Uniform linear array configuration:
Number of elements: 4
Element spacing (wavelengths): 0.25
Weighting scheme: binomial
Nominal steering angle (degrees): -30
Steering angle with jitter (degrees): -31.361
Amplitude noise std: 0.05
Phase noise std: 0.05

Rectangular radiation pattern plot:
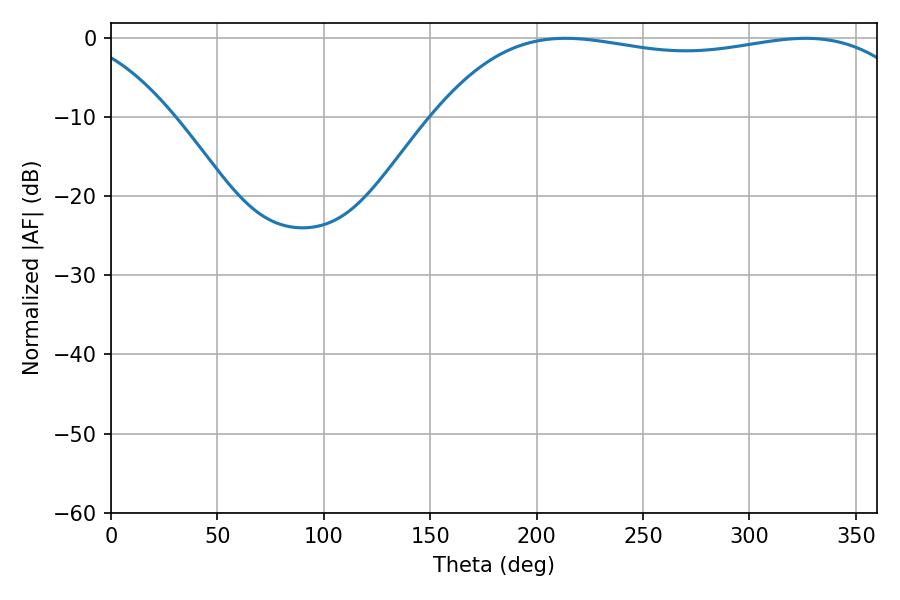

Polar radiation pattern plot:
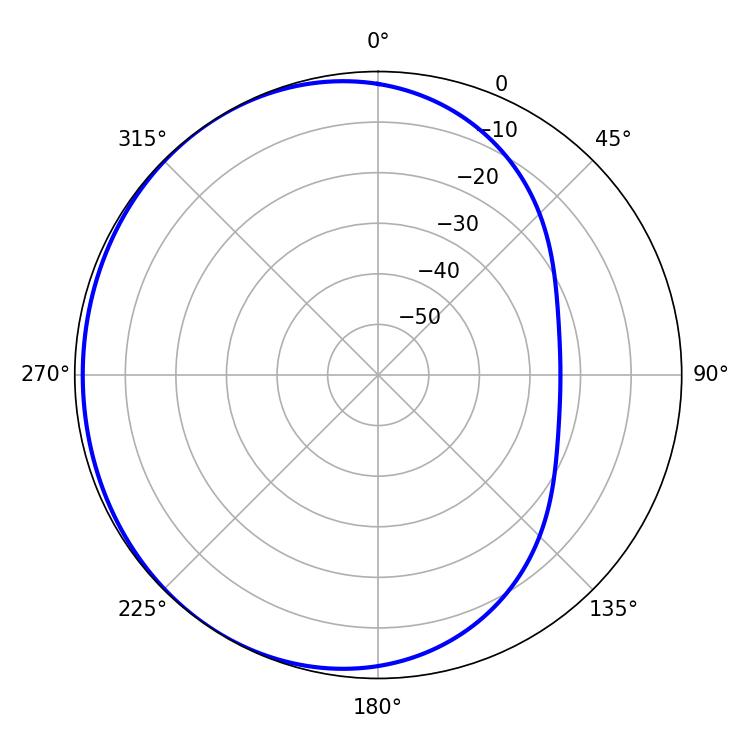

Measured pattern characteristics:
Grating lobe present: FALSE
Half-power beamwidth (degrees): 183.06
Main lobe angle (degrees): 213.66